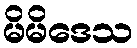
မိမိဒေသ